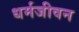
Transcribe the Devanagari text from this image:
धर्मजीवन